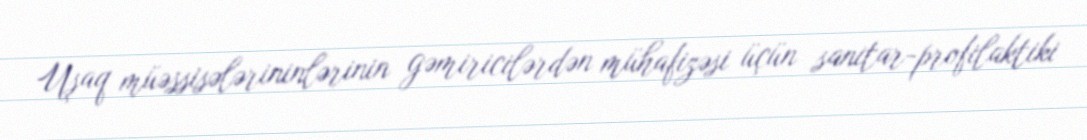
Uşaq müəssisələrininlərinin gəmiricilərdən mühafizəsi üçün sanitar-profilaktiki